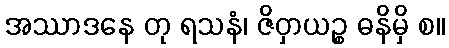
အဿာဒနေ တု ရသနံ၊ ဇိဝှာယဉ္စ ဓနိမှိ စ။